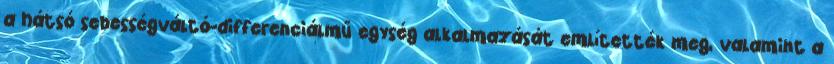
a hátsó sebességváltó-differenciálmű egység alkalmazását említették meg, valamint a